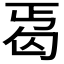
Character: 𠣣